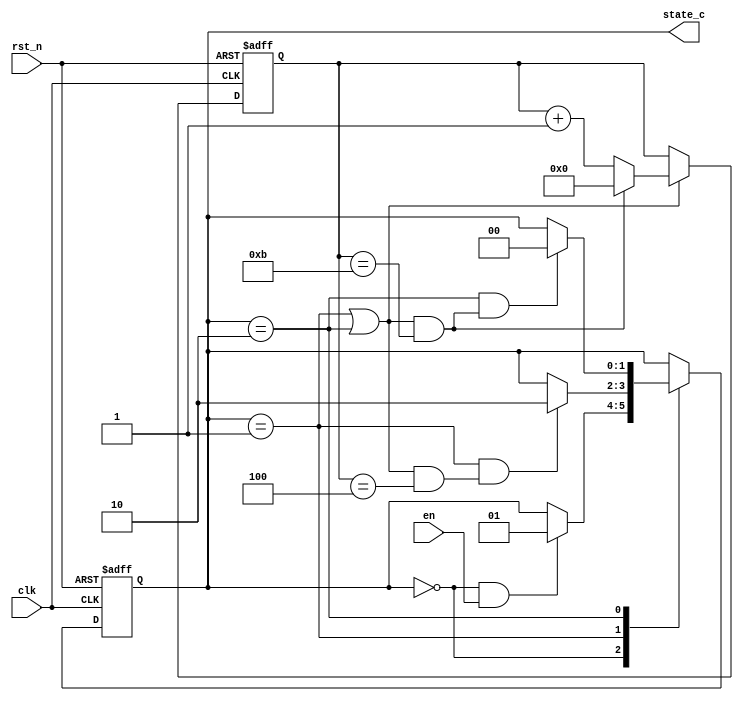
module statejump(
    clk    ,
    rst_n  ,
    en     ,

    state_c
    );

    parameter      IDLE =         2'B00;
    parameter      S1   =         2'B01;
    parameter      S2   =         2'B10;

    input               clk    ;
    input               rst_n  ;
    input               en     ;

    output[1:0]  state_c   ;

    reg   [1:0]  state_c   ;
    reg   [1:0]  state_n   ;
    reg   [3:0]  cnt       ;

    wire         idl2s1_start;
    wire         s12s2_start;
    wire         s22idl_start;
    wire         add_cnt;
    wire         jump_cnt1;
    wire         jump_cnt2;


    always@(posedge clk or negedge rst_n)begin
        if(!rst_n)begin
            state_c <= IDLE;
        end
        else begin
            state_c <= state_n;
        end
    end

    always@(*)begin
        case(state_c)
            IDLE:begin
                if(idl2s1_start)begin
                    state_n = S1;
                end
                else begin
                    state_n = state_c;
                end
            end
            S1:begin
                if(s12s2_start)begin
                    state_n = S2;
                end
                else begin
                    state_n = state_c;
                end
            end
            S2:begin
                if(s22idl_start)begin
                    state_n = IDLE;
                end
                else begin
                    state_n = state_c;
                end
            end
            default:begin
                state_n = state_c;
            end
        endcase
    end                         
    
    assign idl2s1_start  = state_c==IDLE && en == 1;
    assign s12s2_start = state_c==S1    && jump_cnt1;
    assign s22idl_start  = state_c==S2    && jump_cnt2;

    always @(posedge clk or negedge rst_n)begin
        if(!rst_n)begin
            cnt <= 0;
        end
        else if(add_cnt)begin
            if(jump_cnt2)
                cnt <= 0;
            else
                cnt <= cnt + 1;
        end
    end

    assign add_cnt = state_c == S1 || state_c == S2 ;       
    assign jump_cnt1 = add_cnt && cnt == 5-1;   
    assign jump_cnt2 = add_cnt && cnt == 12-1;

    endmodule